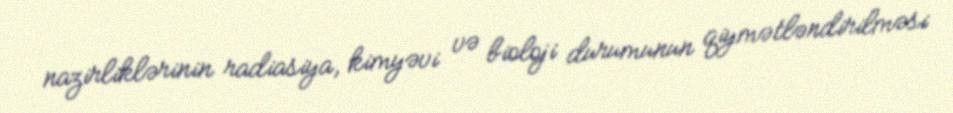
nazirliklərinin radiasiya, kimyəvi və bioloji durumunun qiymətləndirilməsi